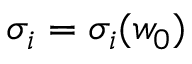
\sigma _ { i } = \sigma _ { i } ( w _ { 0 } )